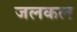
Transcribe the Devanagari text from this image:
जलकल